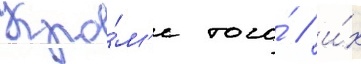
Кро́м'е того́ / и́х